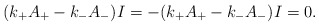
\begin{align*}(k_+ A_+ - k_- A_- ) I = -(k_+ A_+ - k_- A_- ) I = 0.\end{align*}